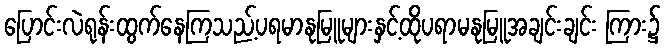
ပြောင်းလဲရုန်းထွက်နေကြသည့်ပရမာနုမြူများနှင့်ထိုပရာမနုမြူအချင်းချင်း ကြား၌